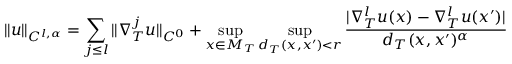
\| u \| _ { C ^ { l , \alpha } } = \sum _ { j \leq l } \| \nabla _ { T } ^ { j } u \| _ { C ^ { 0 } } + \operatorname* { s u p } _ { x \in M _ { T } } \operatorname* { s u p } _ { d _ { T } ( x , x ^ { \prime } ) < r } \frac { | \nabla _ { T } ^ { l } u ( x ) - \nabla _ { T } ^ { l } u ( x ^ { \prime } ) | } { d _ { T } ( x , x ^ { \prime } ) ^ { \alpha } }